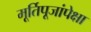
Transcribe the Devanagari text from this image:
मूर्तिपूजांपेक्षा